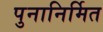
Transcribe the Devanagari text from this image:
पुनानिर्मित